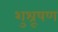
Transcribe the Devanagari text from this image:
शुश्रूषण